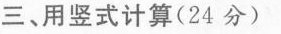
三、用竖式计算(24分)